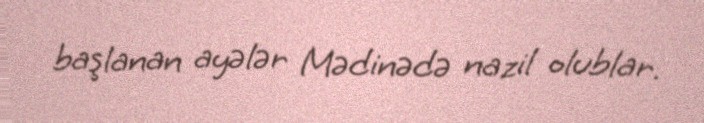
başlanan ayələr Mədinədə nazil olublar.